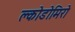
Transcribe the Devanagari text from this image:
क्लोडोमिरो